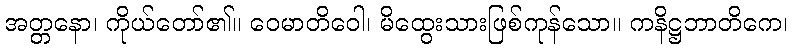
အတ္တနော၊ ကိုယ်တော်၏။ ဝေမာတိဝေါ၊ မိထွေးသားဖြစ်ကုန်သော။ ကနိဋ္ဌဘာတိကေ၊